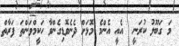
މަ ގަބޫލު ކުރަނީ  އެއީ އެންމެ މޮޅަށް ދެނެވޮޑިގެންވާ ހަކީމްވަންތަ ފަރާތް